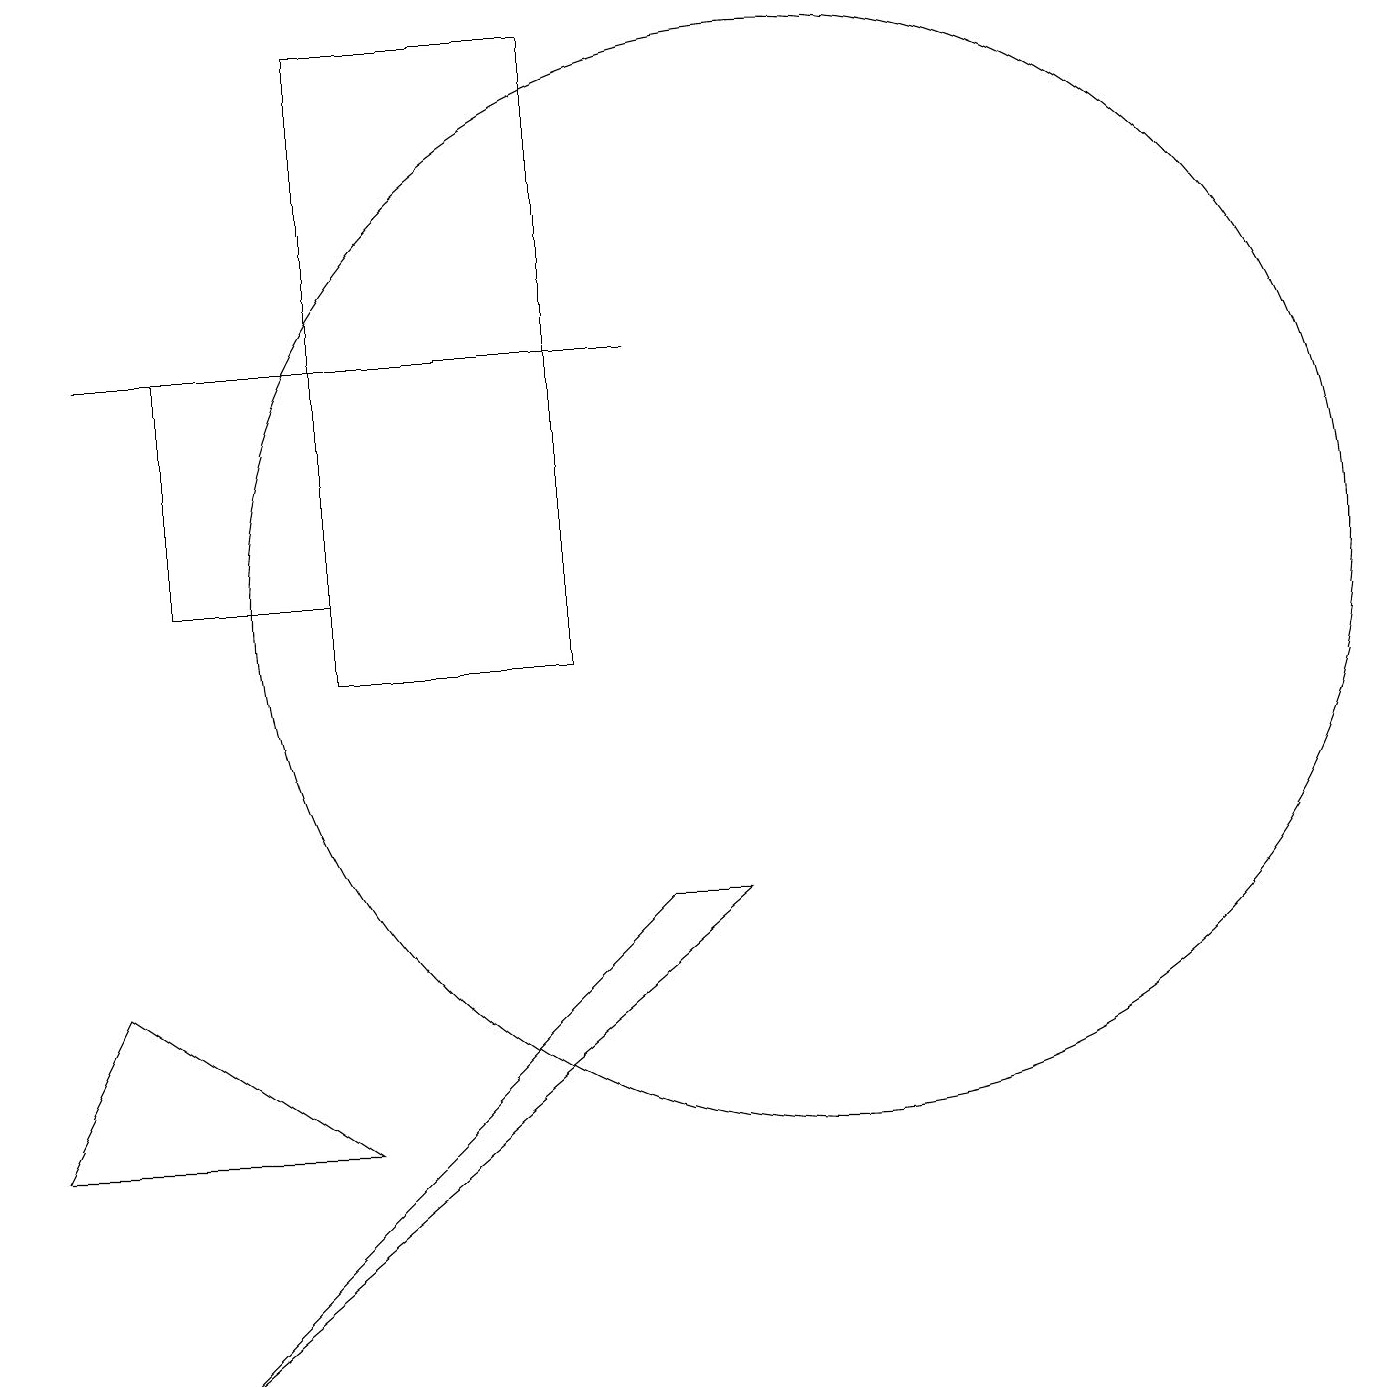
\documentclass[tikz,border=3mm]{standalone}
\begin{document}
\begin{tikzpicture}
\draw (10,11) circle (7);
\draw (1,6) -- (0,4) -- (4,4) -- cycle;
\draw (4,10) rectangle (7,18);
\draw (2,11) rectangle (4,14);
\draw (9,7) -- (8,7) -- (2,1) -- cycle;
\draw (1,14) rectangle (8,14);
\draw (12,10) circle (0);
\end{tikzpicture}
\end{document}